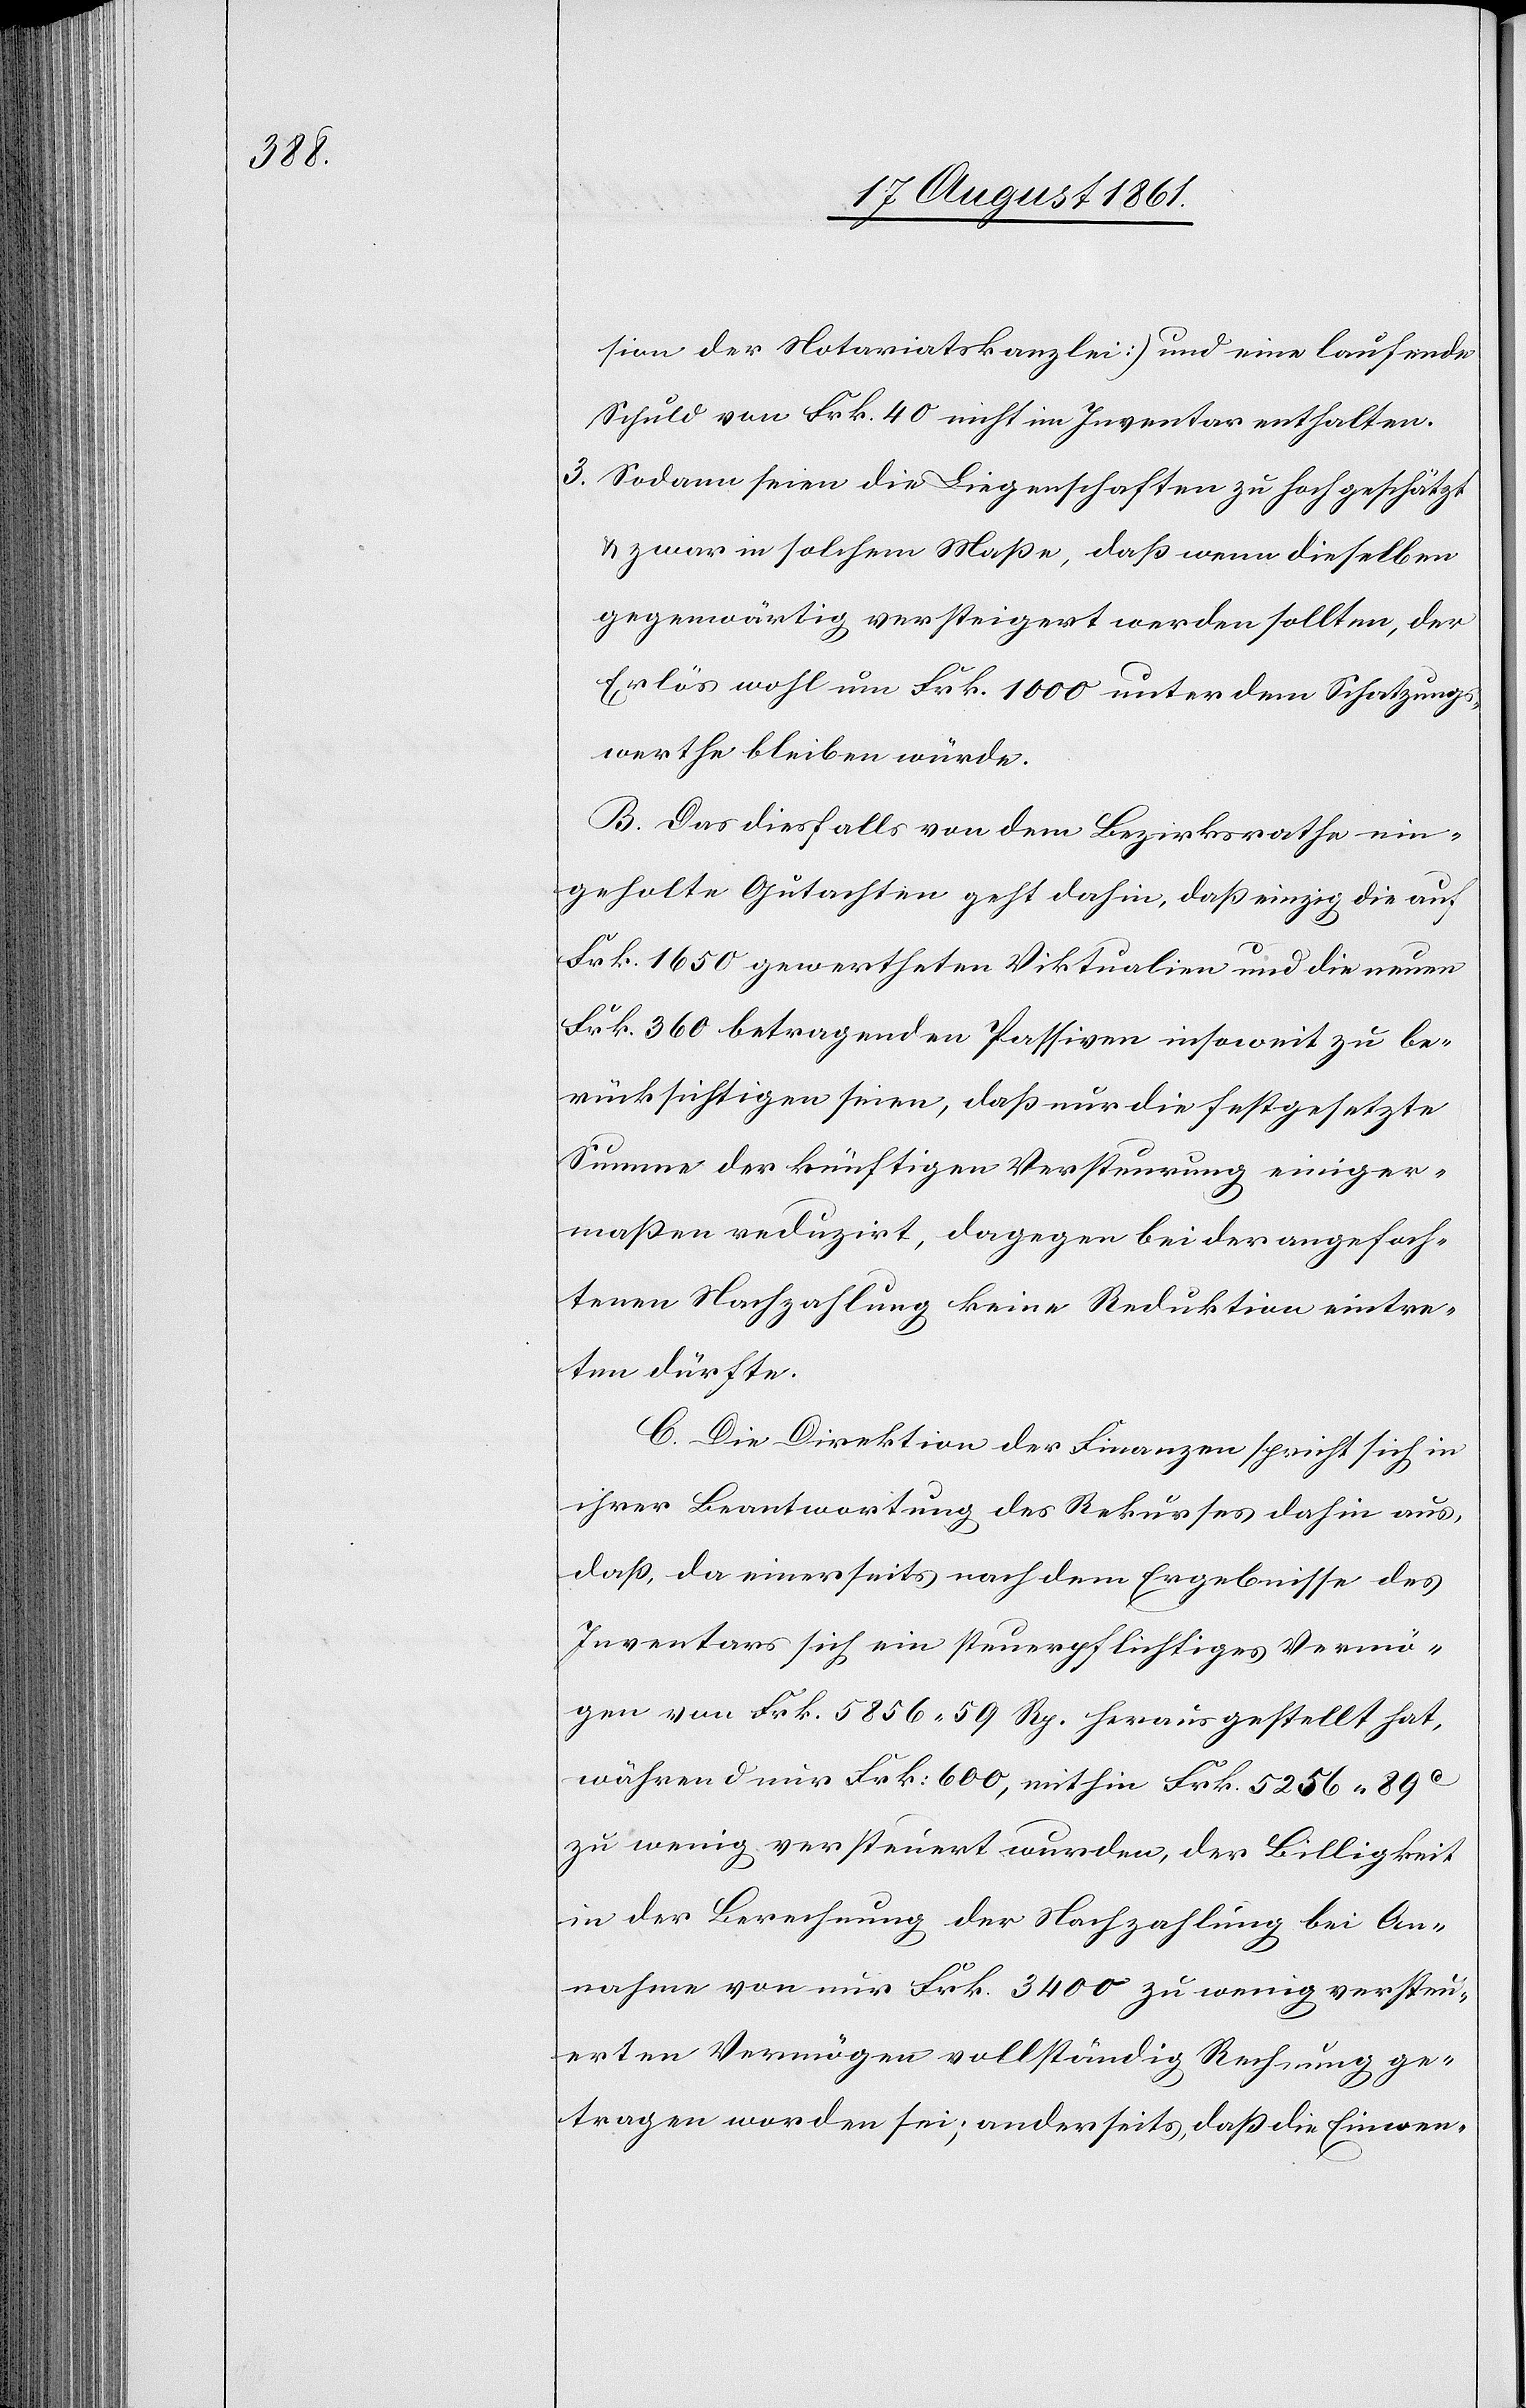
sion der Notariatskanzlei) und eine laufende
Schuld von Frk. 40 nicht im Inventar enthalten.
3. Sodann seien die Liegenschaften zu hoch geschätzt
u. zwar in solchem Maße, daß wenn dieselben
gegenwärtig versteigert werden sollten, der
Erlös wohl um Frk. 1000 unter dem Schatzungs¬
werthe bleiben würde.
B. Das diesfalls von dem Bezirksrathe ein¬
geholte Gutachten geht dahin, daß einzig die auf
Frk. 1650 gewertheten Viktualien und die neuen
Frk. 360 betragenden Passiven insoweit zu be¬
rücksichtigen seien, daß nun die festgesetzte
Summe der künftigen Versteurung einiger¬
maßen reduzirt, dagegen bei der angefoch¬
tenen Nachzahlung keine Reduktion eintre¬
ten dürfte.
C. Die Direktion der Finanzen spricht in
ihrer Beantwortung des Rekurses dahin aus,
daß, da einerseits nach dem Ergebnisse des
Inventars sich ein steuerpflichtiges Vermö¬
gen von Frk. 5856.59 Rp. herausgestellt hat,
während nur Frk 600, mithin Frk. 5256.89c
zu wenig versteuert wurden, der Billigkeit
in der Berechnung der Nachzahlung bei An¬
nahme von nur Frk. 3400 zu wenig versteu¬
erten Vermögen vollständig Rechnung ge¬
tragen worden sei; anderseits, daß die Einwen-